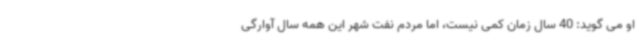
او می گوید: 40 سال زمان کمی نیست، اما مردم نفت شهر این همه سال آوارگی